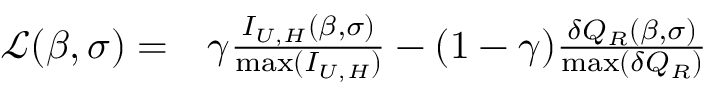
\begin{array} { r l } { \mathcal { L } ( \beta , \sigma ) = } & { { } \gamma \frac { I _ { U , H } ( \beta , \sigma ) } { \mathrm { m a x } ( I _ { U , H } ) } - ( 1 - \gamma ) \frac { \delta Q _ { R } ( \beta , \sigma ) } { \mathrm { m a x } ( \delta Q _ { R } ) } } \end{array}